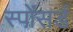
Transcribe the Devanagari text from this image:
स्पोंसर्ड